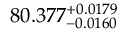
8 0 . 3 7 7 _ { - 0 . 0 1 6 0 } ^ { + 0 . 0 1 7 9 }